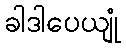
ခါဒါပေယျုံ